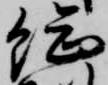
総